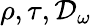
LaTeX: \rho,\tau,\mathcal{D}_{\omega}